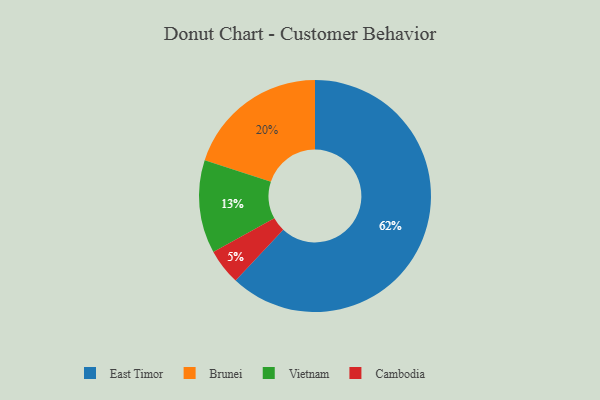
{"axis": {"x": "Category", "y": "Percentage"}, "legend": ["Brunei", "Cambodia", "East Timor", "Vietnam"], "data": [{"x": "East Timor", "y": 62, "type": "East Timor"}, {"x": "Cambodia", "y": 5, "type": "Cambodia"}, {"x": "Brunei", "y": 20, "type": "Brunei"}, {"x": "Vietnam", "y": 13, "type": "Vietnam"}]}